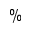
\%